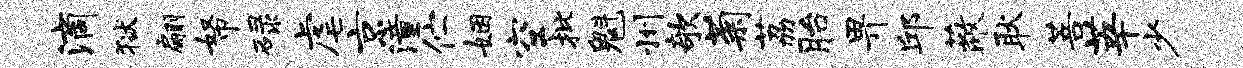
滴狱翩帑碌虐京潼伫姻空批魁州欹菊荔胎畀邱蔽耿菩莘少